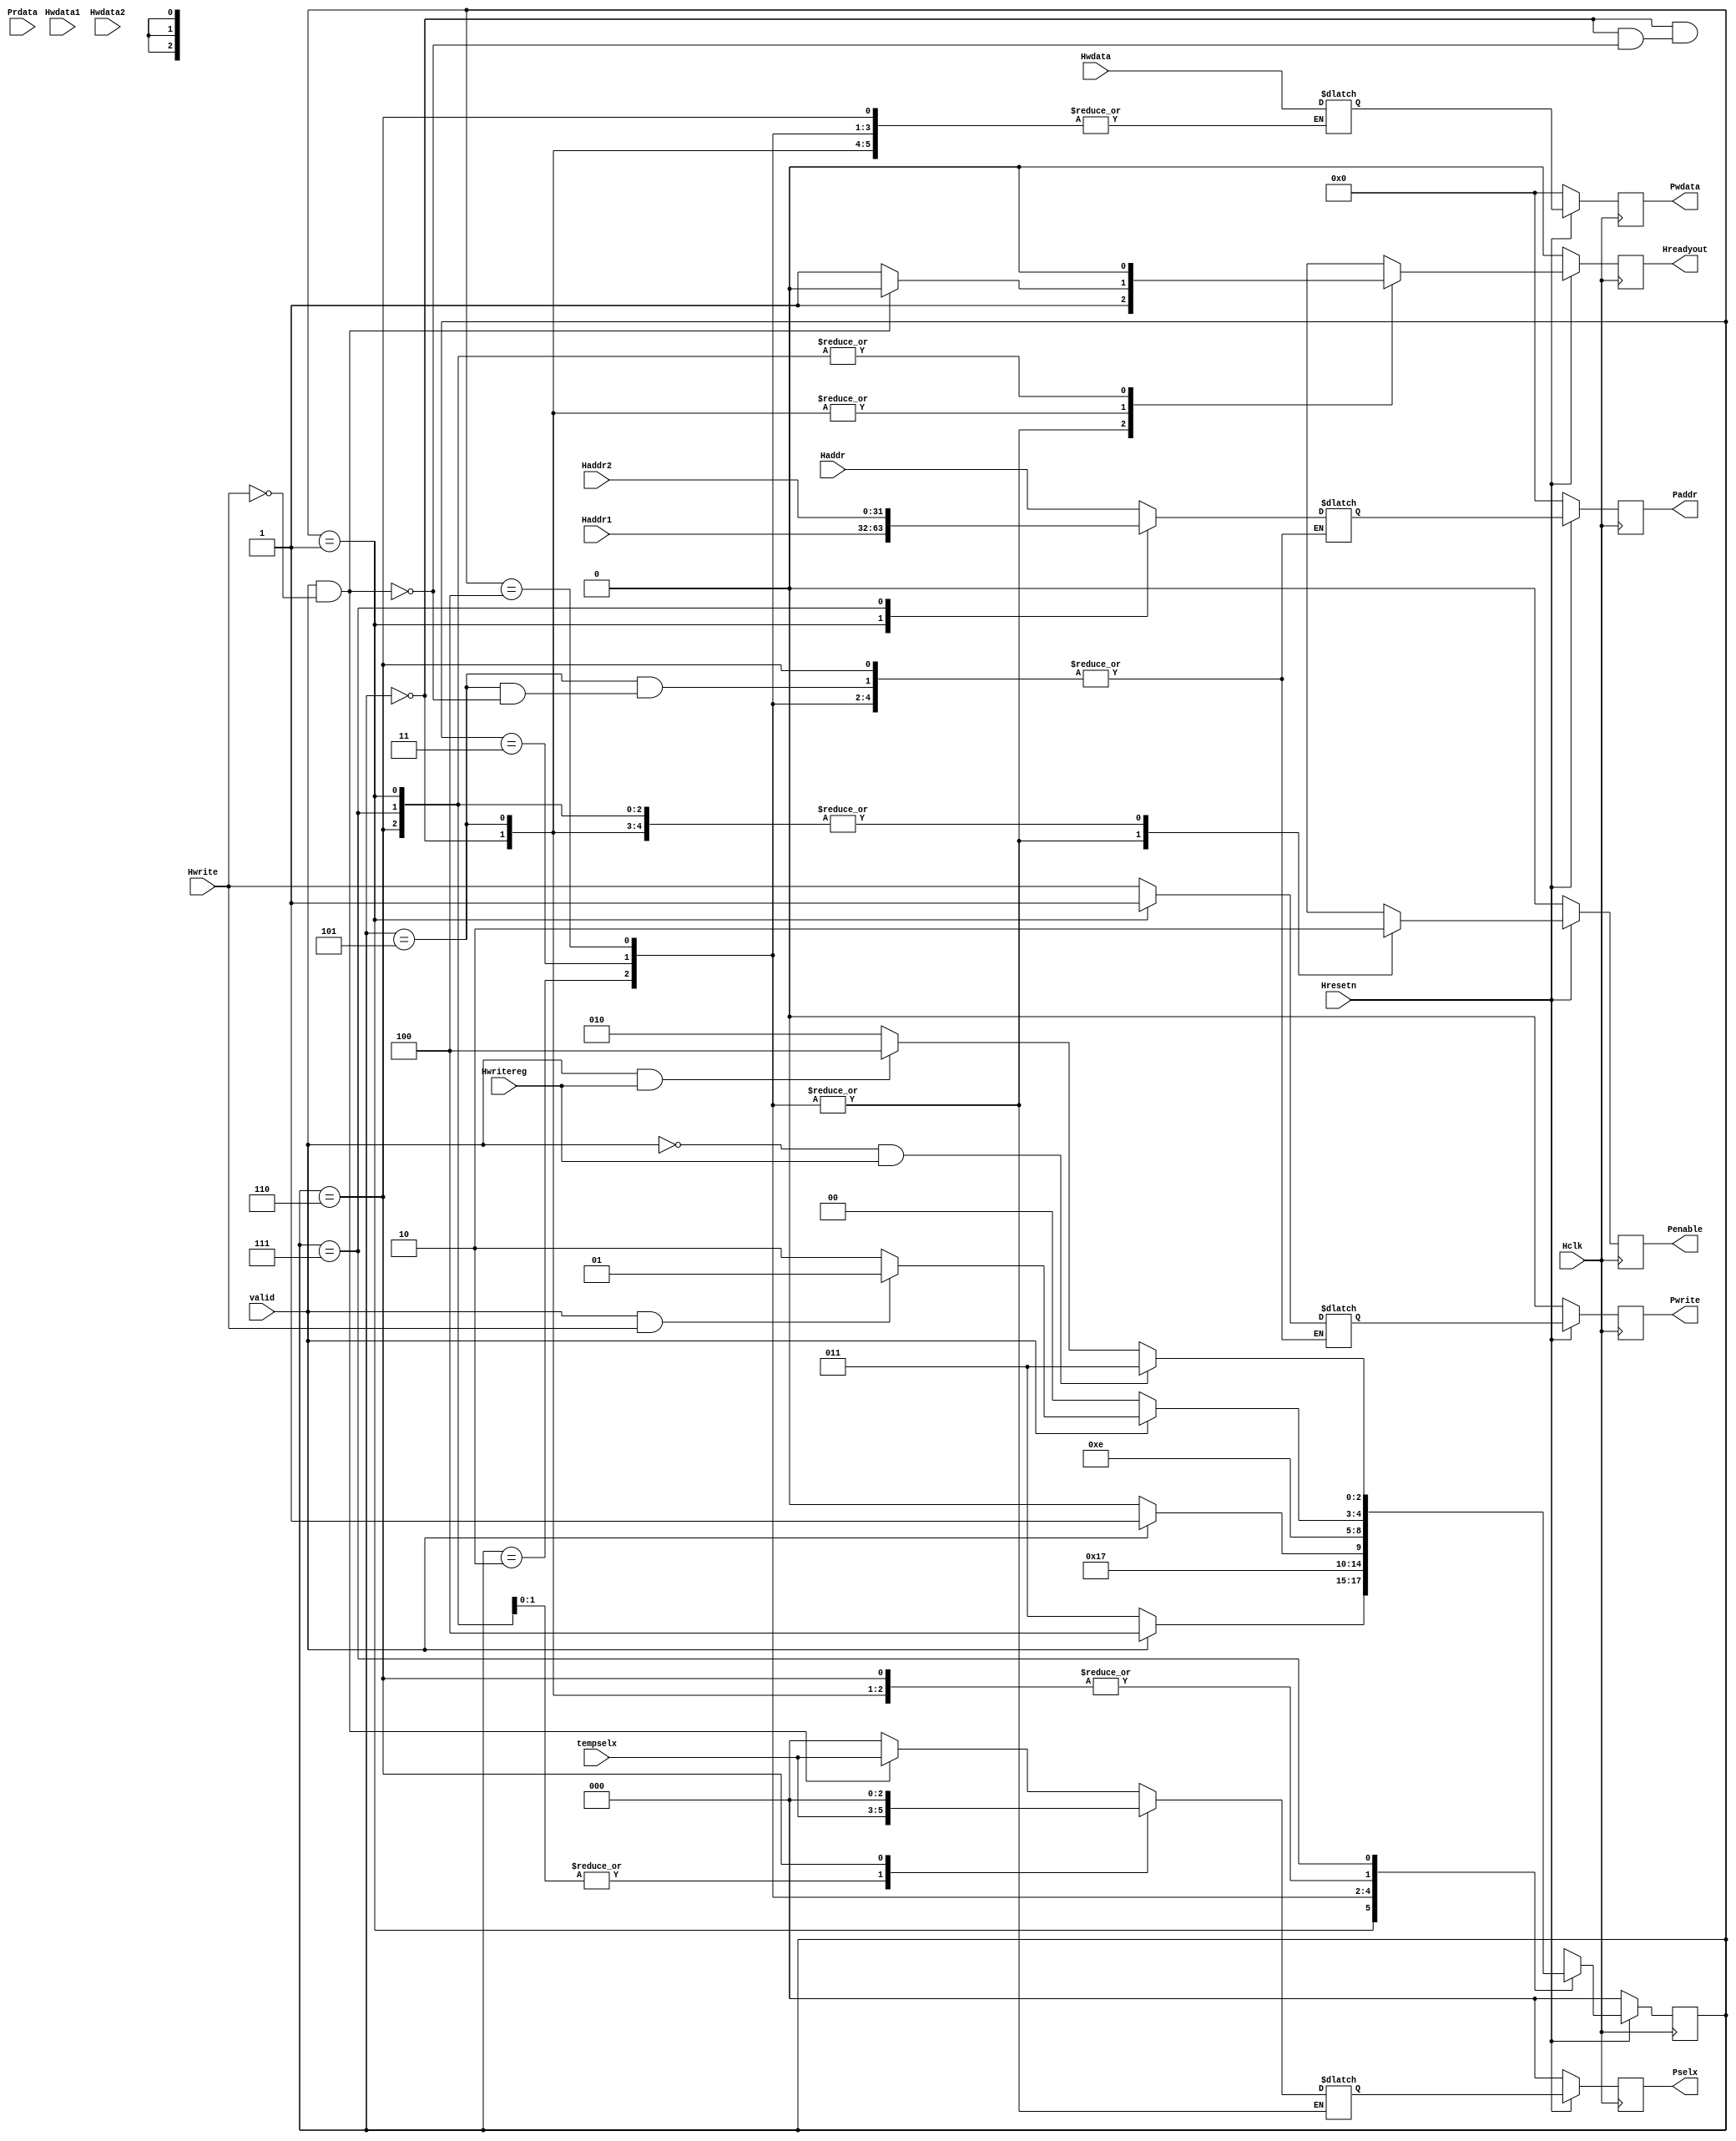

// AHB to APG Bridge | Maven Silicon
//
//
//
// APB FSM Controller
//
// By-Hrishikesh S Nair
//    20BES7080

module APB_FSM_Controller( Hclk,Hresetn,valid,Haddr1,Haddr2,Hwdata1,Hwdata2,Prdata,Hwrite,Haddr,Hwdata,Hwritereg,tempselx, 
			   Pwrite,Penable,Pselx,Paddr,Pwdata,Hreadyout);

input Hclk,Hresetn,valid,Hwrite,Hwritereg;
input [31:0] Hwdata,Haddr,Haddr1,Haddr2,Hwdata1,Hwdata2,Prdata;
input [2:0] tempselx;
output reg Pwrite,Penable;
output reg Hreadyout;  
output reg [2:0] Pselx;
output reg [31:0] Paddr,Pwdata;

//////////////////////////////////////////////////////PARAMETERS

parameter ST_IDLE=3'b000;
parameter ST_WWAIT=3'b001;
parameter ST_READ= 3'b010;
parameter ST_WRITE=3'b011;
parameter ST_WRITEP=3'b100;
parameter ST_RENABLE=3'b101;
parameter ST_WENABLE=3'b110;
parameter ST_WENABLEP=3'b111;


//////////////////////////////////////////////////// PRESENT STATE LOGIC

reg [2:0] PRESENT_STATE,NEXT_STATE;

always @(posedge Hclk)
 begin:PRESENT_STATE_LOGIC
  if (~Hresetn)
    PRESENT_STATE<=ST_IDLE;
  else
    PRESENT_STATE<=NEXT_STATE;
 end


/////////////////////////////////////////////////////// NEXT STATE LOGIC

always @(PRESENT_STATE,valid,Hwrite,Hwritereg)
 begin:NEXT_STATE_LOGIC
  case (PRESENT_STATE)
    
 	ST_IDLE:begin
		 if (~valid)
		  NEXT_STATE=ST_IDLE;
		 else if (valid && Hwrite)
		  NEXT_STATE=ST_WWAIT;
		 else 
		  NEXT_STATE=ST_READ;
		end    

	ST_WWAIT:begin
		 if (~valid)
		  NEXT_STATE=ST_WRITE;
		 else
		  NEXT_STATE=ST_WRITEP;
		end

	ST_READ: begin
		   NEXT_STATE=ST_RENABLE;
		 end

	ST_WRITE:begin
		  if (~valid)
		   NEXT_STATE=ST_WENABLE;
		  else
		   NEXT_STATE=ST_WENABLEP;
		 end

	ST_WRITEP:begin
		   NEXT_STATE=ST_WENABLEP;
		  end

	ST_RENABLE:begin
		     if (~valid)
		      NEXT_STATE=ST_IDLE;
		     else if (valid && Hwrite)
		      NEXT_STATE=ST_WWAIT;
		     else
		      NEXT_STATE=ST_READ;
		   end

	ST_WENABLE:begin
		     if (~valid)
		      NEXT_STATE=ST_IDLE;
		     else if (valid && Hwrite)
		      NEXT_STATE=ST_WWAIT;
		     else
		      NEXT_STATE=ST_READ;
		   end

	ST_WENABLEP:begin
		      if (~valid && Hwritereg)
		       NEXT_STATE=ST_WRITE;
		      else if (valid && Hwritereg)
		       NEXT_STATE=ST_WRITEP;
		      else
		       NEXT_STATE=ST_READ;
		    end

	default: begin
		   NEXT_STATE=ST_IDLE;
		  end
  endcase
 end


////////////////////////////////////////////////////////OUTPUT LOGIC:COMBINATIONAL

reg Penable_temp,Hreadyout_temp,Pwrite_temp;
reg [2:0] Pselx_temp;
reg [31:0] Paddr_temp, Pwdata_temp;

always @(*)
 begin:OUTPUT_COMBINATIONAL_LOGIC
   case(PRESENT_STATE)
    
	ST_IDLE: begin
			  if (valid && ~Hwrite) 
			   begin:IDLE_TO_READ
			        Paddr_temp=Haddr;
				Pwrite_temp=Hwrite;
				Pselx_temp=tempselx;
				Penable_temp=0;
				Hreadyout_temp=0;
			   end
			  
			  else if (valid && Hwrite)
			   begin:IDLE_TO_WWAIT
			        Pselx_temp=0;
				Penable_temp=0;
				Hreadyout_temp=1;			   
			   end
			   
			  else
                            begin:IDLE_TO_IDLE
			        Pselx_temp=0;
				Penable_temp=0;
				Hreadyout_temp=1;	
			   end
		     end    

	ST_WWAIT:begin
	          if (~valid) 
			   begin:WAIT_TO_WRITE
			    Paddr_temp=Haddr1;
				Pwrite_temp=1;
				Pselx_temp=tempselx;
				Penable_temp=0;
				Pwdata_temp=Hwdata;
				Hreadyout_temp=0;
			   end
			  
			  else 
			   begin:WAIT_TO_WRITEP
			    Paddr_temp=Haddr1;
				Pwrite_temp=1;
				Pselx_temp=tempselx;
				Pwdata_temp=Hwdata;
				Penable_temp=0;
				Hreadyout_temp=0;		   
			   end
			   
		     end  

	ST_READ: begin:READ_TO_RENABLE
			  Penable_temp=1;
			  Hreadyout_temp=1;
		     end

	ST_WRITE:begin
              if (~valid) 
			   begin:WRITE_TO_WENABLE
				Penable_temp=1;
				Hreadyout_temp=1;
			   end
			  
			  else 
			   begin:WRITE_TO_WENABLEP ///DOUBT
				Penable_temp=1;
				Hreadyout_temp=1;		   
			   end
		     end

	ST_WRITEP:begin:WRITEP_TO_WENABLEP
               Penable_temp=1;
			   Hreadyout_temp=1;
		      end

	ST_RENABLE:begin
	            if (valid && ~Hwrite) 
				 begin:RENABLE_TO_READ
					Paddr_temp=Haddr;
					Pwrite_temp=Hwrite;
					Pselx_temp=tempselx;
					Penable_temp=0;
					Hreadyout_temp=0;
				 end
			  
			  else if (valid && Hwrite)
			    begin:RENABLE_TO_WWAIT
			     Pselx_temp=0;
				 Penable_temp=0;
				 Hreadyout_temp=1;			   
			    end
			   
			  else
                begin:RENABLE_TO_IDLE
			     Pselx_temp=0;
				 Penable_temp=0;
				 Hreadyout_temp=1;	
			    end

		       end

	ST_WENABLEP:begin
                 if (~valid && Hwritereg) 
			      begin:WENABLEP_TO_WRITEP
			       Paddr_temp=Haddr2;
				   Pwrite_temp=Hwrite;
				   Pselx_temp=tempselx;
				   Penable_temp=0;
				   Pwdata_temp=Hwdata;
				   Hreadyout_temp=0;
				  end

			  
			    else 
			     begin:WENABLEP_TO_WRITE_OR_READ /////DOUBT
			      Paddr_temp=Haddr2;
				  Pwrite_temp=Hwrite;
				  Pselx_temp=tempselx;
				  Pwdata_temp=Hwdata;
				  Penable_temp=0;
				  Hreadyout_temp=0;		   
			     end
		        end

	ST_WENABLE :begin
	             if (~valid && Hwritereg) 
			      begin:WENABLE_TO_IDLE
				   Pselx_temp=0;
				   Penable_temp=0;
				   Hreadyout_temp=0;
				  end

			  
			    else 
			     begin:WENABLE_TO_WAIT_OR_READ /////DOUBT
				  Pselx_temp=0;
				  Penable_temp=0;
				  Hreadyout_temp=0;		   
			     end

		        end

 endcase
end


////////////////////////////////////////////////////////OUTPUT LOGIC:SEQUENTIAL

always @(posedge Hclk)
 begin
  
  if (~Hresetn)
   begin
    Paddr<=0;
	Pwrite<=0;
	Pselx<=0;
	Pwdata<=0;
	Penable<=0;
	Hreadyout<=0;
   end
  
  else
   begin
        Paddr<=Paddr_temp;
	Pwrite<=Pwrite_temp;
	Pselx<=Pselx_temp;
	Pwdata<=Pwdata_temp;
	Penable<=Penable_temp;
	Hreadyout<=Hreadyout_temp;
   end
 end

endmodule